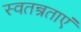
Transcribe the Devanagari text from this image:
स्वतन्त्रताएं